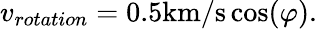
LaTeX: v_{rotation}=0.5\mathrm{km/s}\cos(\varphi).